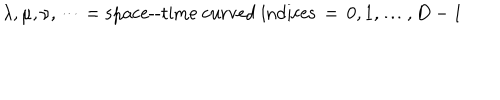
\lambda , \mu , \nu , \dots = \mathrm { s p a c e - - t i m e ~ c u r v e d ~ i n d i c e s } \, = \, 0 , 1 , \dots , D - 1